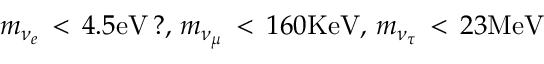
m _ { \nu _ { e } } \, < \, 4 . 5 \mathrm { e V } \, ? , \, m _ { \nu _ { \mu } } \, < \, 1 6 0 \mathrm { K e V } , \, m _ { \nu _ { \tau } } \, < \, 2 3 \mathrm { M e V }